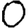
Digit: 0